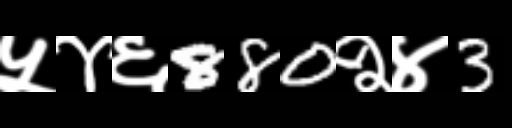
Text: ५४६880२४3